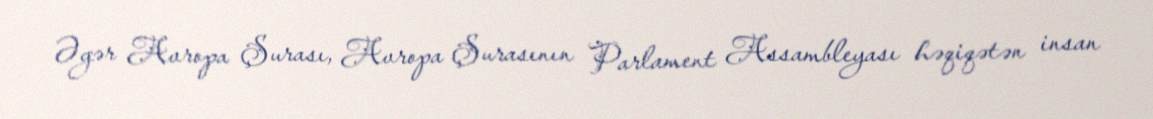
Əgər Avropa Şurası, Avropa Şurasının Parlament Assambleyası həqiqətən insan